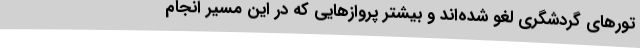
تورهای گردشگری لغو شده‌اند و بیشتر پروازهایی که در این مسیر انجام